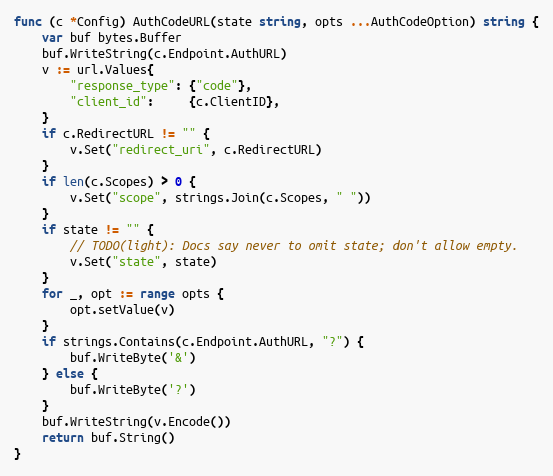
Language: Go
func (c *Config) AuthCodeURL(state string, opts ...AuthCodeOption) string {
	var buf bytes.Buffer
	buf.WriteString(c.Endpoint.AuthURL)
	v := url.Values{
		"response_type": {"code"},
		"client_id":     {c.ClientID},
	}
	if c.RedirectURL != "" {
		v.Set("redirect_uri", c.RedirectURL)
	}
	if len(c.Scopes) > 0 {
		v.Set("scope", strings.Join(c.Scopes, " "))
	}
	if state != "" {
		// TODO(light): Docs say never to omit state; don't allow empty.
		v.Set("state", state)
	}
	for _, opt := range opts {
		opt.setValue(v)
	}
	if strings.Contains(c.Endpoint.AuthURL, "?") {
		buf.WriteByte('&')
	} else {
		buf.WriteByte('?')
	}
	buf.WriteString(v.Encode())
	return buf.String()
}